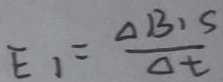
E _ { 1 } = \frac { \Delta B 1 S } { \Delta t }